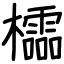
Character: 櫺